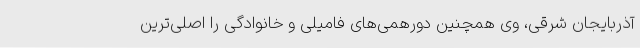
آذربایجان شرقی، وی همچنین دورهمی‌های فامیلی و خانوادگی را اصلی‌ترین